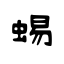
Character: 蜴